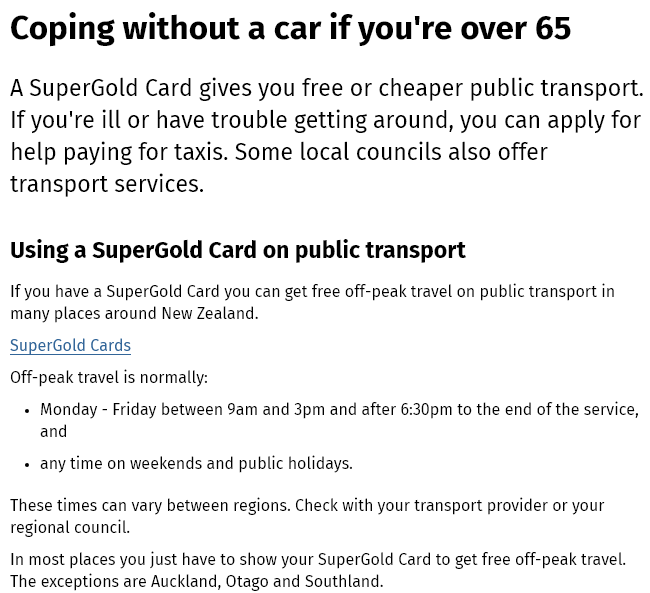
Coping    without    a    car if   you're    over    65
  A SuperGold    Card  gives  you  free  or cheaper  public   transport.
  If you're ill or have  trouble  getting  around,   you  can  apply  for
  help  paying  for taxis. Some  local   councils   also offer
  transport   services.
  Using  a SuperGold    Card   on public  transport
  If you have a SuperGold Card you can get free off-peak travel on public transport in
  many places around New Zealand.
  SuperGold Cards
  Off-peak travel is normally:
   + Monday
     -
     Friday between 9am and 3pm and after 6:30pm to the end of the service,
     and
   + any time on weekends and public holidays.
  In most places you just have to show your SuperGold Card to get free off-peak travel.
  The exceptions are Auckland, Otago and Southland.
  These times can vary between regions. Check with your transport provider or your
  regional council.